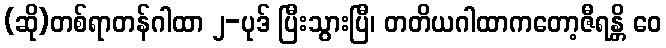
(ဆို)တစ်ရာတန်ဂါထာ ၂-ပုဒ် ပြီးသွားပြီ၊ တတိယဂါထာကတော့ဇီရန္တိ ဝေ